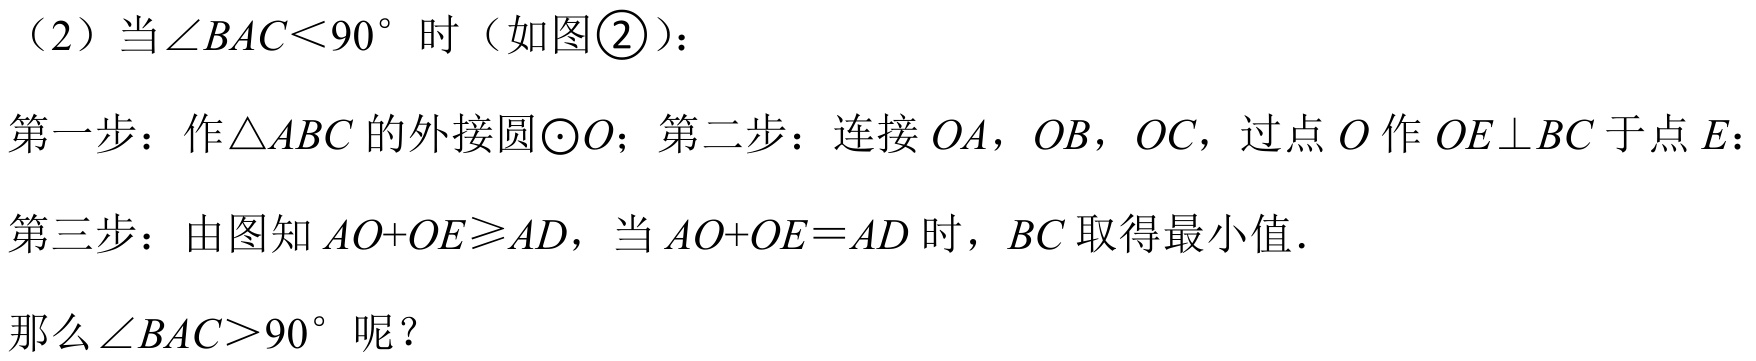
（2）当\(\angle BAC<90^{\circ}\) 时（如图\textcircled{2}）：
第一步：作\(\triangle ABC\) 的外接圆\(\odot O\)；第二步：连接 \(OA\)，\(OB\)，\(OC\)，过点 \(O\) 作 \(OE\perp BC\) 于点 \(E\)；
第三步：由图知 \(AO + OE\geqslant AD\)，当 \(AO + OE = AD\) 时，\(BC\) 取得最小值．
那么\(\angle BAC>90^{\circ}\) 呢？